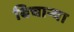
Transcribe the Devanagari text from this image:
बिचार्‍या